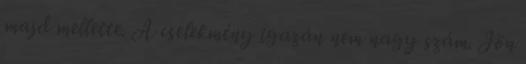
majd mellette. A cselekmény igazán nem nagy szám. Jön